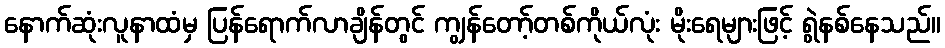
နောက်ဆုံးလူနာထံမှ ပြန်ရောက်လာချိန်တွင် ကျွန်တော့်တစ်ကိုယ်လုံး မိုးရေများဖြင့် ရွဲနစ်နေသည်။